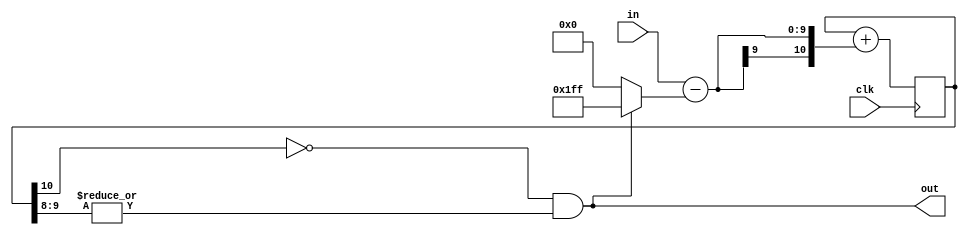
module dsm(in,clk,out);
   input [8:0] in;
   input clk;
   output out;
   reg [10:0] mem = 11'b0;
   wire [10:0] dif;
   always @(posedge clk) mem<=mem+dif;
   assign dif = {2'b0,in}-(out ? 11'd511:11'd0);
   assign out = (!mem[10]) && (|mem[9:8]);
endmodule